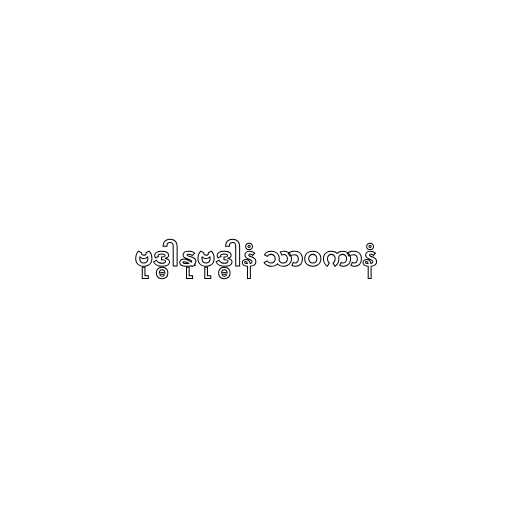
ဗုဒ္ဓါနုဗုဒ္ဓါနံ သာဝကာနံ